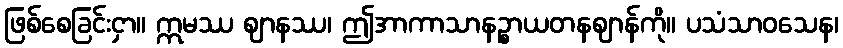
ဖြစ်စေခြင်းငှာ။ ဣမဿ ဈာနဿ၊ ဤအာကာသာနဉ္စာယတနဈာန်ကို။ ပသံသာဝသေန၊